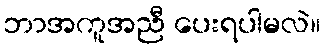
ဘာအကူအညီ ပေးရပါမလဲ။